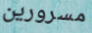
مسرورين